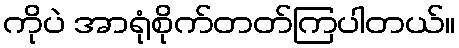
ကိုပဲ အာရုံစိုက်တတ်ကြပါတယ်။